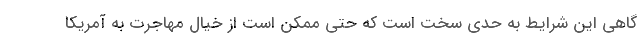
گاهی این شرایط به حدی سخت است که حتی ممکن است از خیال مهاجرت به آمریکا